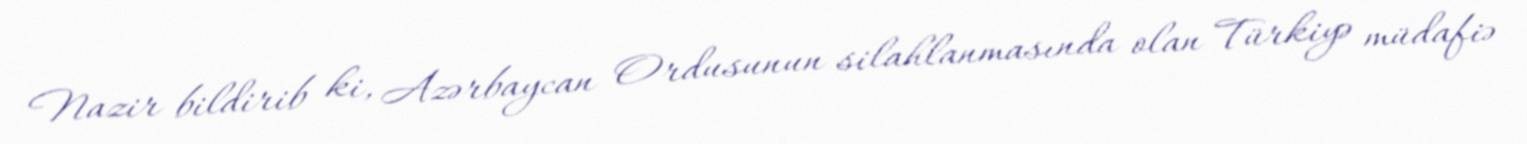
Nazir bildirib ki, Azərbaycan Ordusunun silahlanmasında olan Türkiyə müdafiə